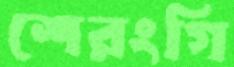
শেরংগি